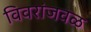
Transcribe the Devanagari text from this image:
विवरांजवळ